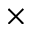
\times